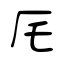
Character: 厇